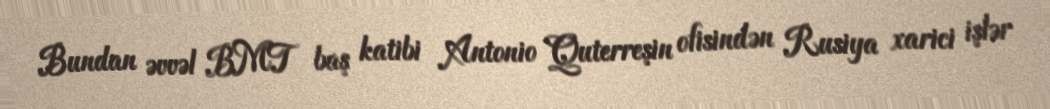
Bundan əvvəl BMT baş katibi Antonio Quterreşin ofisindən Rusiya xarici işlər